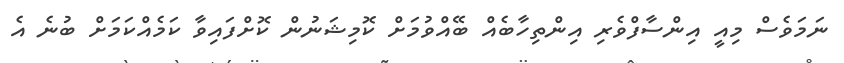
ނަމަވެސް މިއީ އިންސާފްވެރި އިންތިހާބެއް ބޭއްވުމަށް ކޮމިޝަނުން ކޮށްފައިވާ ކަމެއްކަމަށް ބުނެ އެ